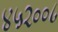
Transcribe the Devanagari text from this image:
४५२००८